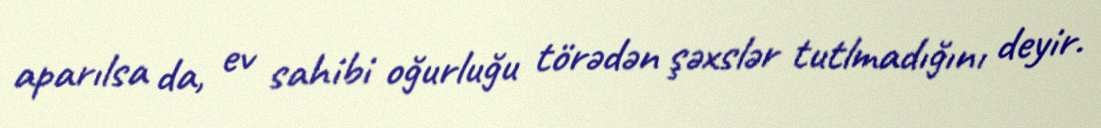
aparılsa da, ev sahibi oğurluğu törədən şəxslər tutlmadığını deyir.